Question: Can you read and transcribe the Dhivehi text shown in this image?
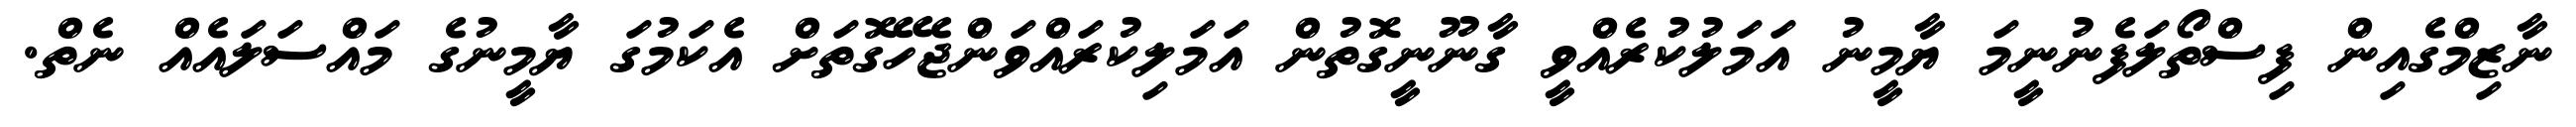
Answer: ނާޒިމްގެއިން ފިސްތޯލަފެނުނީމަ ޔާމީނު އަމަލުކުރެއްވީ ގާނޫނީގޮތުން އަމަލިކުރައްވަންޖެހޭގޮތަށް އެކަމުގަ ޔާމީނުގެ މައްސަލައެއް ނެތް.